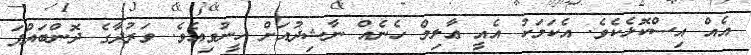
އެއް އިސްކޮޅެކެވެ. އެކަމަކު އެއީ ޢާލިމް ހެނެއް ނާޝިދުއަށް ހީނުވިއެވެ. ވަރުދާގެ ދޮންބައްޕަ